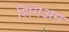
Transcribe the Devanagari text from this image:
शिंगअन